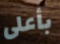
بأعلى